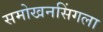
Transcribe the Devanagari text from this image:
समोखनसिंगला